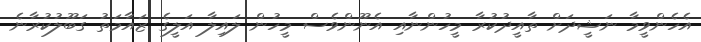
އެހެންވީމާ ނަޝީދަށް ތާއީދުކުރާ މީހުންނާއި އެނޫންވެސް މީހުން ލައިލާ އަލީގެ ޒައާމަތު ގަބޫލުކުރާނެ